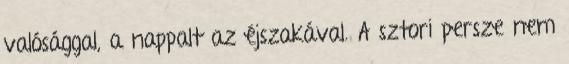
valósággal, a nappalt az éjszakával. A sztori persze nem